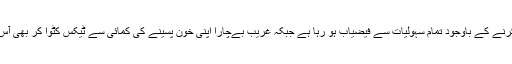
اشرافیہ کا طبقہ ٹیکس چوری اور کرپشن کرنے کے باوجود تمام سہولیات سے فیضیاب ہو رہا ہے جبکہ غریب بےچارا اپنی خون پسینے کی کمائی سے ٹیکس کٹوا کر بھی آس،امید اور بے بسی کی تصویر بنا رہتا ہے۔